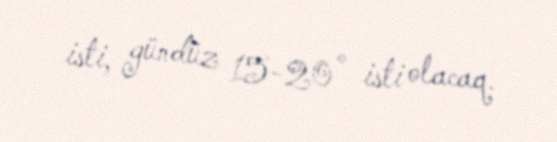
isti, gündüz 15-20° isti olacaq.